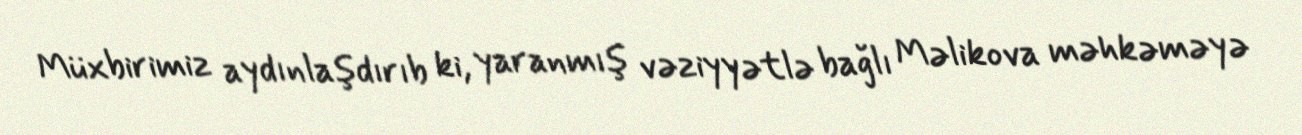
Müxbirimiz aydınlaşdırıb ki, yaranmış vəziyyətlə bağlı Məlikova məhkəməyə